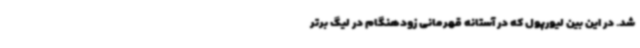
شد. در این بین لیورپول که در آستانه قهرمانی زودهنگام در لیگ برتر